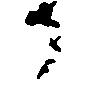
か